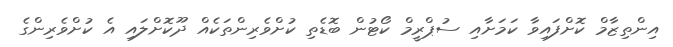
އިންތިޒާމް ކޮށްފައިވާ ކަމަށާއި ސުޕްރީމް ކޯޓުން ބޮޑެތި ކުށްވެރިންތަކެއް ދޫކޮށްލައި އެ ކުށްވެރިންގެ